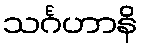
သင်္ဂဟာနိ